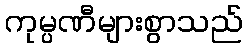
ကုမ္ပဏီများစွာသည်